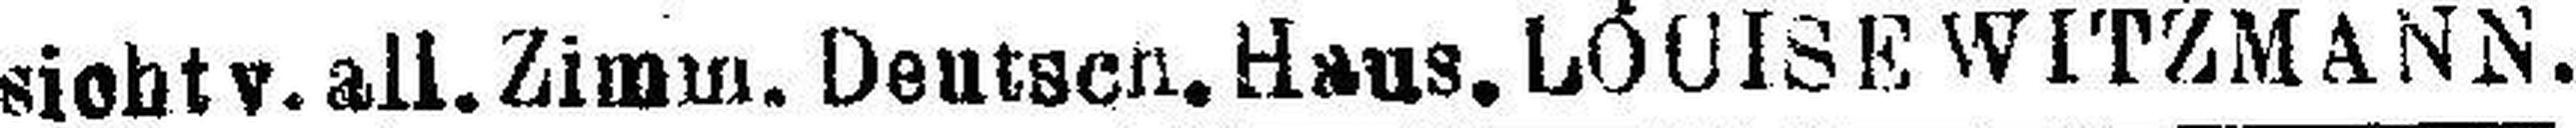
sicht v. all. Zimm. Deutsch. Haus. LOUISE WITZMANN.